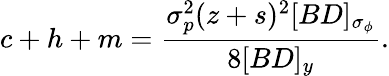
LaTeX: c+h+m=\frac{\sigma_{p}^{2}(z+s)^{2}[BD]_{\sigma_{\phi}}}{8[BD]_{y}}.